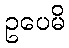
ဥပေမိ